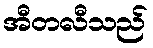
အီတလီသည်